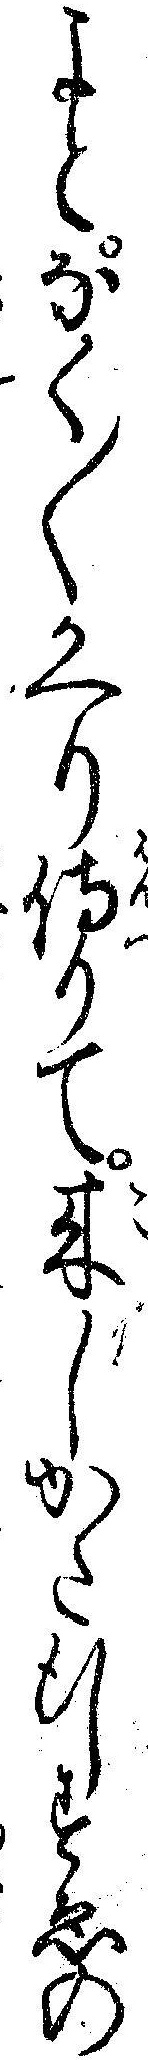
よとなく〱かへり侍りて来しかた行すゑの